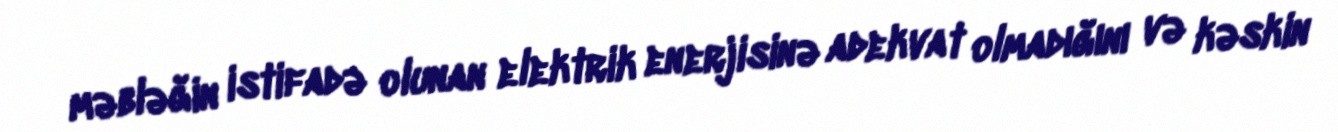
məbləğin istifadə olunan elektrik enerjisinə adekvat olmadığını və kəskin